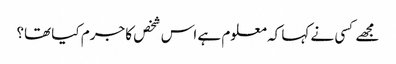
مجھے کسی نے کہا کہ معلوم ہے اس شخص کا جرم کیا تھا؟